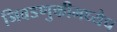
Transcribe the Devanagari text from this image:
निवडणुकीमध्येच